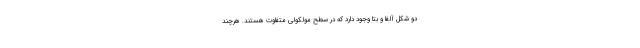
دو شکل آلفا و بتا وجود دارد که در سطح مولکولی متفاوت هستند. هرچند